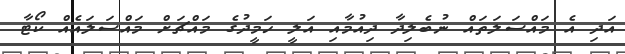
އަދި އެ މައްސަލަތައް ނުބެލިދާ ދިއުމާއި އަލީ ހަމީދުގެ މައްޗަށް މައްސަލައެއް ކޯޓާ